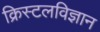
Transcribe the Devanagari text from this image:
क्रिस्टलविज्ञान